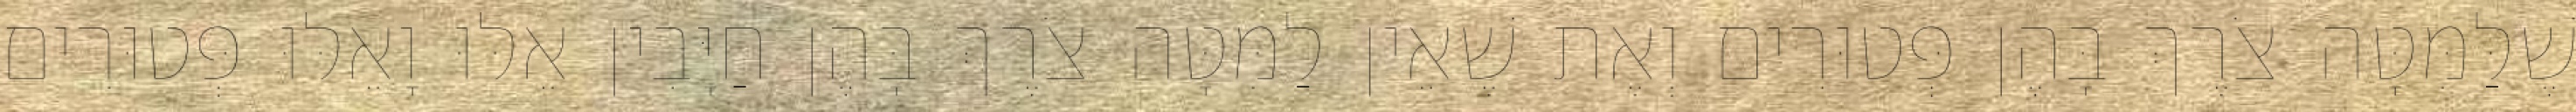
שֶׁלַּמִּטָּה צֹרֶךְ בָּהֶן פְּטוּרִים וְאֶת שֶׁאֵין לַמִּטָּה צֹרֶךְ בָּהֶן חַיָּבִין אֵלּוּ וָאֵלּוּ פְּטוּרִים